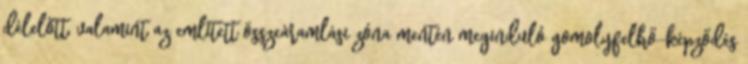
délelőtt, valamint az említett összeáramlási zóna mentén meginduló gomolyfelhő-képződés